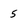
Character: 5